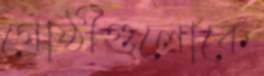
গোষ্ঠীগুলোকে